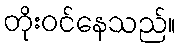
တိုးဝင်နေသည်။